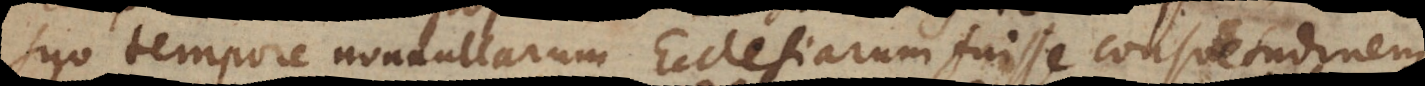
e nonnullarum Ecclesiarum fuisse consuetudinem